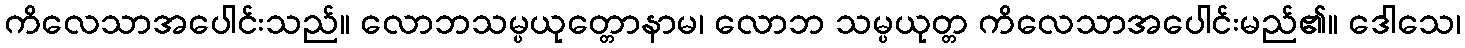
ကိလေသာအပေါင်းသည်။ လောဘသမ္ပယုတ္တောနာမ၊ လောဘ သမ္ပယုတ္တ ကိလေသာအပေါင်းမည်၏။ ဒေါသေ၊